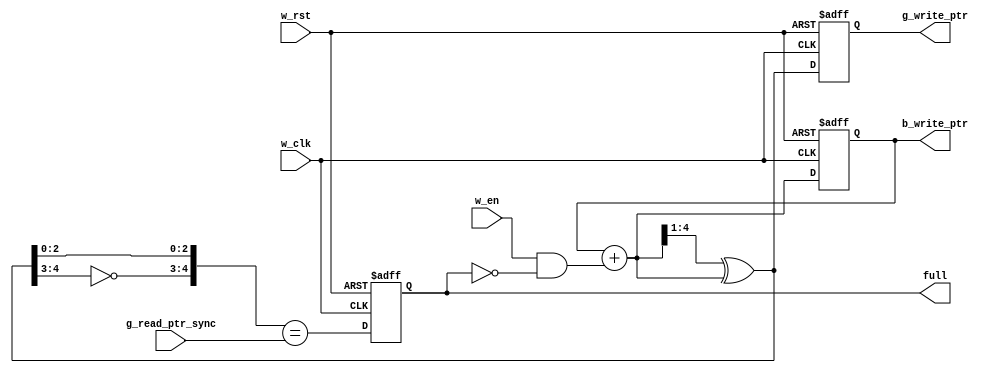
`timescale 1ns/1ps
module write_ptr_module #(parameter PTR_WIDTH=4) (w_clk,w_rst,w_en,g_read_ptr_sync,b_write_ptr,g_write_ptr,full);
  input w_clk, w_rst, w_en;
  input [PTR_WIDTH:0] g_read_ptr_sync;
  output reg [PTR_WIDTH:0] b_write_ptr, g_write_ptr;
  output reg full;
  
  wire [PTR_WIDTH:0] b_write_ptr_next;
  wire [PTR_WIDTH:0] g_write_ptr_next;
   
  reg wrap_around;
  wire write_full;
  
  assign b_write_ptr_next = b_write_ptr+(w_en & !full);                  
  assign g_write_ptr_next = (b_write_ptr_next >>1)^b_write_ptr_next;     //convert binary to gray code
  
  always@(posedge w_clk or negedge w_rst) begin
    if(!w_rst)
		begin
			b_write_ptr <= 0; 
			g_write_ptr <= 0;
		end                                                   // contain location of next write 
    else 
		begin
			b_write_ptr <= b_write_ptr_next; 
			g_write_ptr <= g_write_ptr_next;              
		end
  end
  
  always@(posedge w_clk or negedge w_rst) begin
    if(!w_rst)
			full <= 0;                                                    
    else                                               // generate full condition
			full <= write_full;
  end
                                       
  assign write_full = ({~g_write_ptr_next[PTR_WIDTH:PTR_WIDTH-1],g_write_ptr_next[PTR_WIDTH-2:0]} ==  g_read_ptr_sync);

endmodule